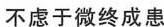
不虑于微终成患